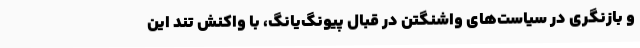
و بازنگری در سیاست‌های واشنگتن در قبال پیونگ‌یانگ، با واکنش تند این